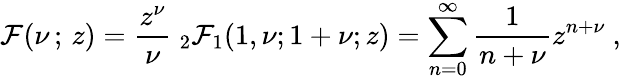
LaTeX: {\cal\mathcal{F}}(\nu\, ;\, z)=\frac{{z^{\nu}}}{{\nu}}\ _{2}\mathcal{F}_{1}(1,\nu;1+\nu;z)=\sum_{n=0}^{\infty}\frac{{1}}{{n+\nu}}z^{n+\nu}~,